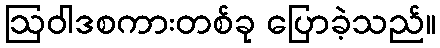
ဩဝါဒစကားတစ်ခု ပြောခဲ့သည်။